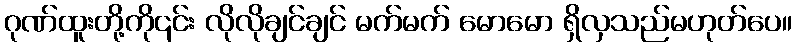
ဂုဏ်ထူးတို့ကို၎င်း လိုလိုချင်ချင် မက်မက် မောမော ရှိလှသည်မဟုတ်ပေ။